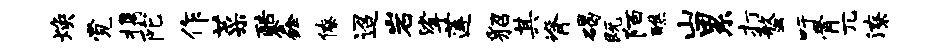
焕觉携陀作菜酷鑫僚迢岩挲莲貂其脊碣既陌醮山累打螯吁骨兀潦